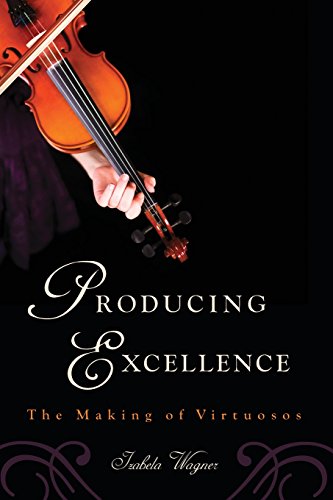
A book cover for Producing Excellence: The Making of Virtuosos; Izabela Wagner; Humor & Entertainment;